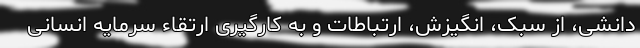
دانشی، از سبک، انگیزش، ارتباطات و به کارگیری ارتقاء سرمایه انسانی